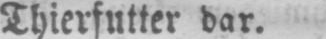
Thierfutter dar.